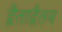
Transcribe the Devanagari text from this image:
द्वैताद्वैतव